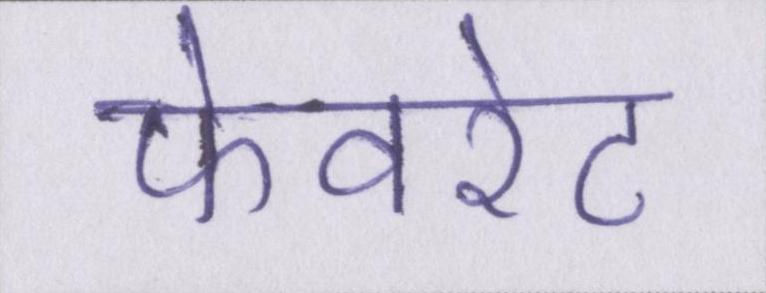
फेवरेट